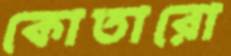
কোতারো